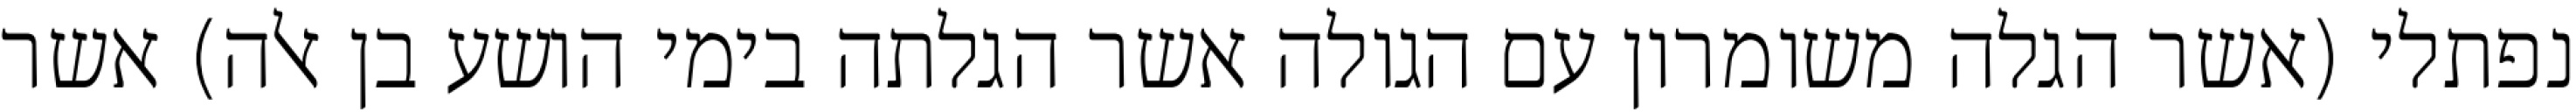
נפתלי (אשר הגלה משומרון עם הגולה אשר הגלתה בימי הושע בן אלה) אשר